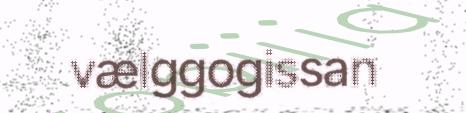
vælggogissan